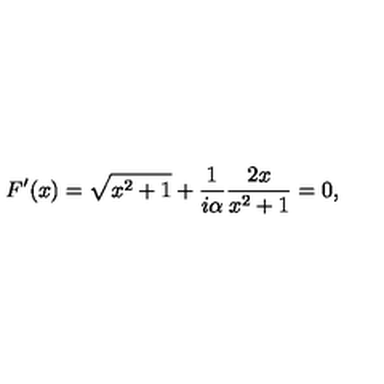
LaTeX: F ^ { \prime } ( x ) = \sqrt { x ^ { 2 } + 1 } + { \frac { 1 } { i \alpha } } { \frac { 2 x } { x ^ { 2 } + 1 } } = 0 ,